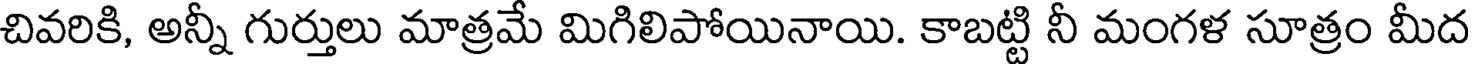
చివరికి, అన్నీ గుర్తులు మాత్రమే మిగిలిపోయినాయి. కాబట్టి నీ మంగళ సూత్రం మీద